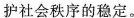
护社会秩学的稳定